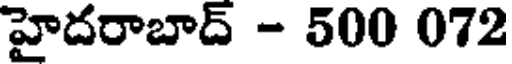
హైదరాబాద్ - 500 072